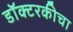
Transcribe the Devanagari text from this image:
डॉक्टरकीचा